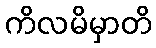
ကိလမိမှာတိ